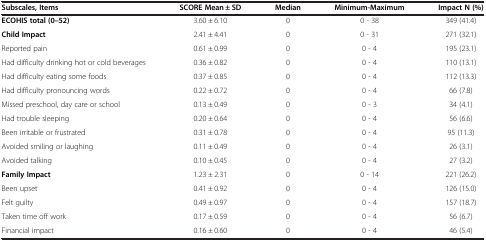
| Subscales, Items | SCORE Mean ± SD | Median | Minimum-Maximum | Impact N (%) |
 | --- | --- | --- | --- | --- |
 | ECOHIS total (0–52) | 3.60 ± 6.10 | 0 | 0 - 38 | 349 (41.4) |
 | Child Impact | 2.41 ± 4.41 | 0 | 0 - 31 | 271 (32.1) |
 | Reported pain | 0.61 ± 0.99 | 0 | 0 - 4 | 195 (23.1) |
 | Had difficulty drinking hot or cold beverages | 0.36 ± 0.82 | 0 | 0 - 4 | 110 (13.1) |
 | Had difficulty eating some foods | 0.37 ± 0.85 | 0 | 0 - 4 | 112 (13.3) |
 | Had difficulty pronouncing words | 0.22 ± 0.72 | 0 | 0 - 4 | 66 (7.8) |
 | Missed preschool, day care or school | 0.13 ± 0.49 | 0 | 0 - 3 | 34 (4.1) |
 | Had trouble sleeping | 0.20 ± 0.64 | 0 | 0 - 4 | 56 (6.6) |
 | Been irritable or frustrated | 0.31 ± 0.78 | 0 | 0 - 4 | 95 (11.3) |
 | Avoided smiling or laughing | 0.11 ± 0.49 | 0 | 0 - 4 | 26 (3.1) |
 | Avoided talking | 0.10 ± 0.45 | 0 | 0 - 4 | 27 (3.2) |
 | Family Impact | 1.23 ± 2.31 | 0 | 0 - 14 | 221 (26.2) |
 | Been upset | 0.41 ± 0.92 | 0 | 0 - 4 | 126 (15.0) |
 | Felt guilty | 0.49 ± 0.97 | 0 | 0 - 4 | 157 (18.7) |
 | Taken time off work | 0.17 ± 0.59 | 0 | 0 - 4 | 56 (6.7) |
 | Financial impact | 0.16 ± 0.60 | 0 | 0 - 4 | 46 (5.4) |